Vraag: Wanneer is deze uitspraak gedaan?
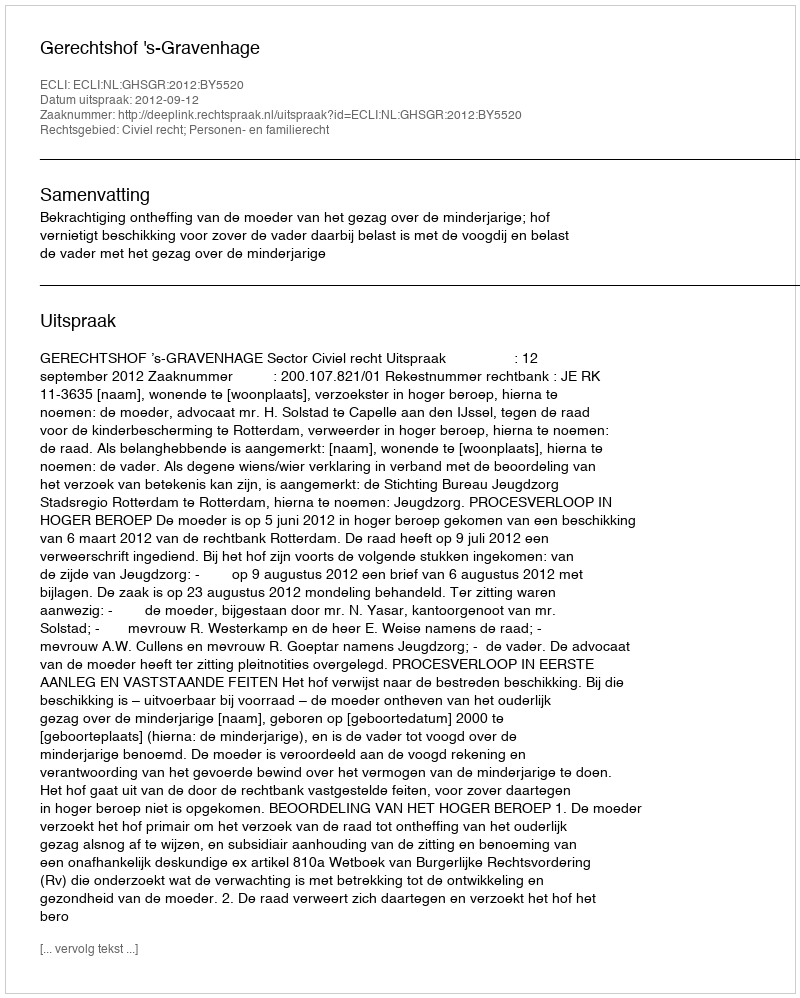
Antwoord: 2012-09-12